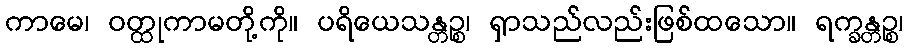
ကာမေ၊ ဝတ္ထုကာမတို့ကို။ ပရိယေသန္တဉ္စ၊ ရှာသည်လည်းဖြစ်ထသော။ ရက္ခန္တဉ္စ၊